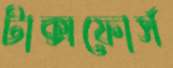
টাক্সফোর্স